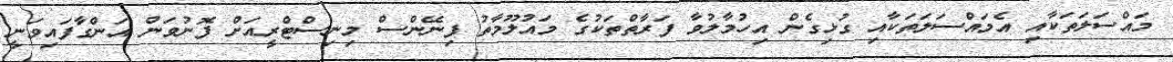
މައްސަލަތަކާއި އެމައްސަލަތަކާއި ގުޅިގެން އިހުމާލުވާ ފަރާތްތަކުގެ މައުލޫމާތު ފިނޭންސް މިނިސްޓްރީއަށް ފޮނުވަން އަންގާފައިވަނީ